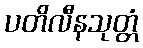
ပတိလီနသုတ္တံ